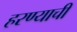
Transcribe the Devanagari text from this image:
हरण्याची